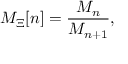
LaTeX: M _ { \Xi } [ n ] = \frac { { \cal M } _ { n } } { { \cal M } _ { n + 1 } } ,